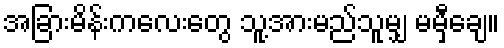
အခြားမိန်းကလေးတွေ သူ့အားမည်သူမျှ မမှီချေ။